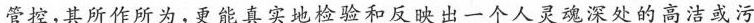
管控，其所作所为，更能真实地检验和反映出一个人灵魂深处的高洁或污